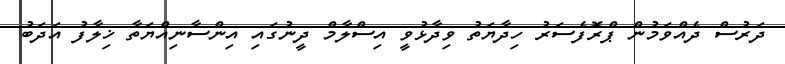
ދަރުސް ދެއްވަމުން ޕްރޮފެސަރު ހިދާޔަތު ވިދާޅުވީ އިސްލާމް ދީނުގައި އިންސާނިއްޔަތާ ޚިލާފު އަދަބު